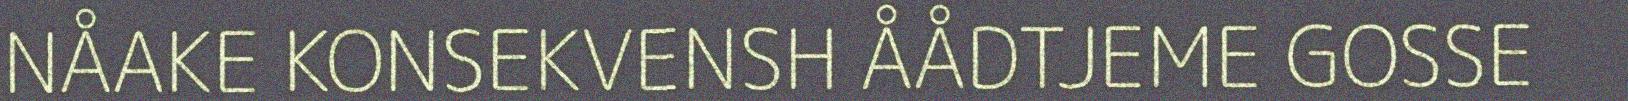
NÅAKE KONSEKVENSH ÅÅDTJEME GOSSE